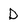
Character: D